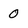
Character: 0